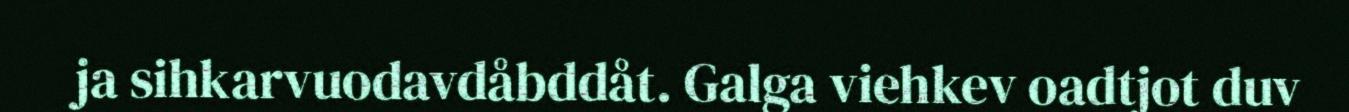
ja sihkarvuodavdåbddåt. Galga viehkev oadtjot duv